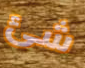
شئ